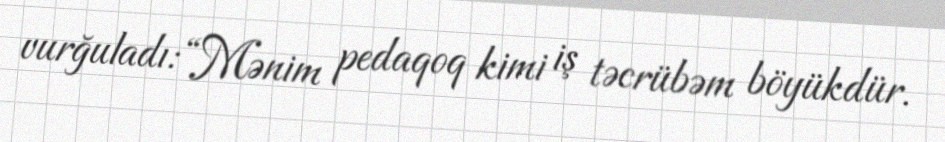
vurğuladı: “Mənim pedaqoq kimi iş təcrübəm böyükdür.